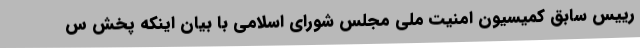
رییس سابق کمیسیون امنیت ملی مجلس شورای اسلامی با بیان اینکه پخش س